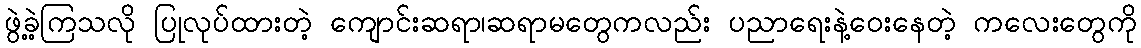
ဖွဲ့ခဲ့ကြသလို ပြုလုပ်ထားတဲ့ ကျောင်းဆရာ၊ဆရာမတွေကလည်း ပညာရေးနဲ့ဝေးနေတဲ့ ကလေးတွေကို